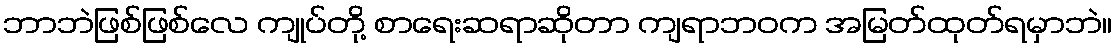
ဘာဘဲဖြစ်ဖြစ်လေ ကျုပ်တို့ စာရေးဆရာဆိုတာ ကျရာဘဝက အမြတ်ထုတ်ရမှာဘဲ။